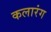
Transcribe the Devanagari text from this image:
कलारंग